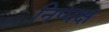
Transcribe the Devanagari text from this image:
निप्पक्ष